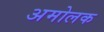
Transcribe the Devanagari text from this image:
अमोलक